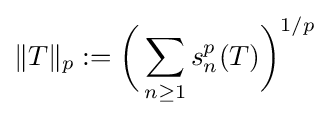
\|T\|_{p}:={\bigg (}\sum _{n\geq 1}s_{n}^{p}(T){\bigg )}^{1/p}